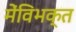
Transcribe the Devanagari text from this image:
मेंविभक्त